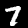
Label: 7